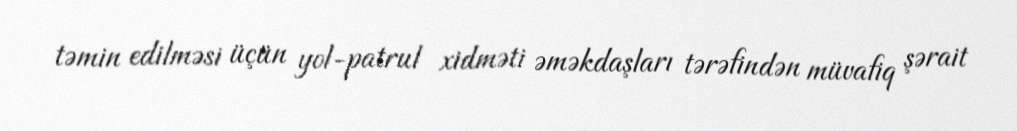
təmin edilməsi üçün yol-patrul xidməti əməkdaşları tərəfindən müvafiq şərait